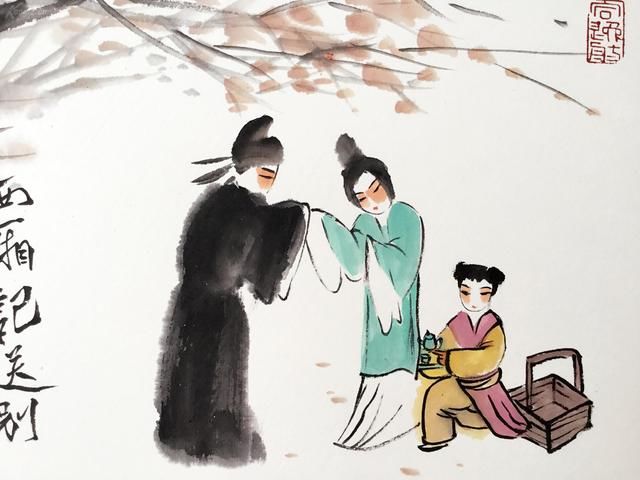
永夜角声悲自语，客心愁破正思家。